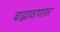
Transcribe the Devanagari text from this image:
बाह्यावरणावर